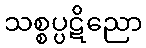
သစ္စပ္ပဋိညော